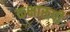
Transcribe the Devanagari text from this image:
कक्षारूपी